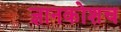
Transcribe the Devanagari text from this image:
ज्ञानकोशच